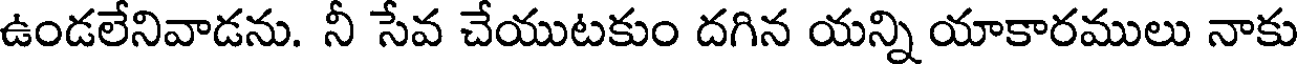
ఉండలేనివాడను. నీ సేవ చేయుటకుం దగిన యన్ని యాకారములు నాకు